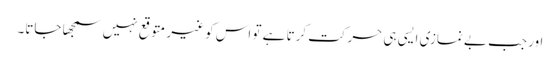
اور جب بے نمازی ایسی ہی حرکت کرتا ہے تو اس کو غیر متوقع نہیں سمجھا جاتا۔